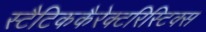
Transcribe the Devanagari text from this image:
स्टैटिककैरेक्टरिस्टिक्स